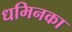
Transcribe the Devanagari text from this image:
धमिनका